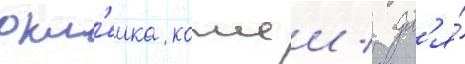
окл'еика кожеи / дл'я́